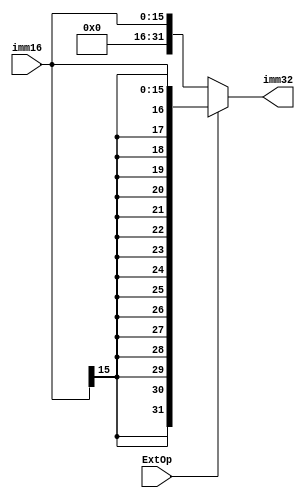
module EXT_P(imm16,imm32,ExtOp);
input [15:0] imm16;
output [31:0] imm32;
input ExtOp;
assign imm32=(ExtOp==1)?{{16{imm16[15]}},imm16}:{16'b0,imm16};
endmodule